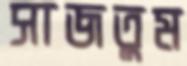
সাজতুম